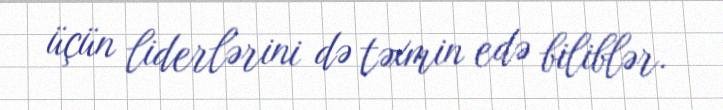
üçün liderlərini də təxmin edə biliblər.